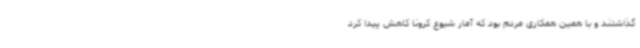
گذاشتند و با همین همکاری مردم بود که آمار شیوع کرونا کاهش پیدا کرد